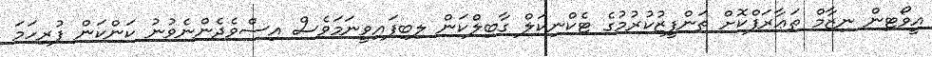
އީވޯޓިން ނިޒާމް ތަޢާރަފްކޮށް ތަންފީޒުކުރުމުގެ ޓެކްނިކަލް ގާބިލްކަން ލިބިފައިވީނަމަވެސް އިސްވެދެންނެވުނު ކަންކަން ފުރިހަމަ